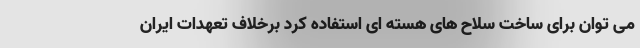
می توان برای ساخت سلاح های هسته ای استفاده کرد برخلاف تعهدات ایران